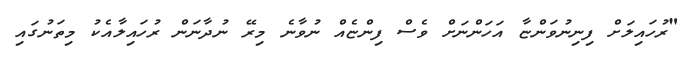
"ރުހައިލަށް ފިނިނުވަންޏާ އަހަންނަށް ވެސް ފިންޏެއް ނުވާނެ މިރޭ ނުދާނަން ރުހައިލާއެކު މިތަނުގައި